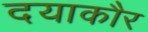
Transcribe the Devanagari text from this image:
दयाकौर